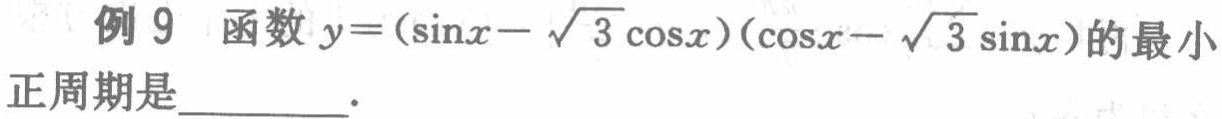
例 9 函数 \(y = (\sin x - \sqrt{3}\cos x)(\cos x - \sqrt{3}\sin x)\)的最小正周期是  ．